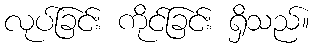
လုပ်ခြင်း ကိုင်ခြင်း ရှိသည်။